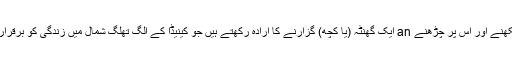
جھاڑی طیاروں کے بارے میں سیکھنے اور اس پر چڑھنے an ایک گھنٹہ (یا کچھ) گزارنے کا ارادہ رکھتے ہیں جو کینیڈا کے الگ تھلگ شمال میں زندگی کو برقرار رکھنے کے ل so اتنا لازمی ہیں۔